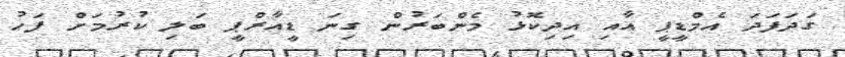
ގަދަފަދަ އެމްޑީޕީ އާއި އިދިކޮޅު މެންބަރުން ގިނަ ޑީއާރްޕީ ބަލި ކުރުމަށް ފަހު